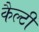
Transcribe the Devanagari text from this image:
कैल्टी